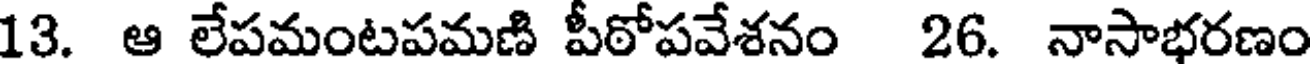
13. ఆ లేపమంటపమణి పీఠోపవేశనం 26. నాసాభరణం